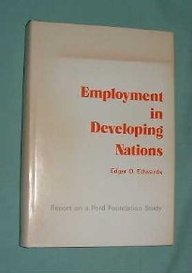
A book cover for Employment in Developing Nations; Business & Money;